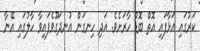
ކަރުގައި އަޅާފައި އޮތް ބޮޑު ހާރަށެވެ. އަދި ހިނގަން އުނދަގޫވެފައިވާ ހާލުގައި އޭނާ